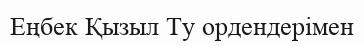
Еңбек Қызыл Ту ордендерімен